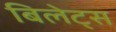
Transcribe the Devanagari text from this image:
बिलेट्स